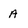
Character: A